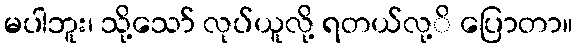
မပါဘူး၊ သို့သော် လုပ်ယူလို့ ရတယ်လု့ိ ပြောတာ။